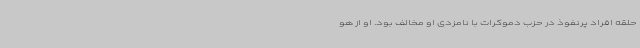
حلقه افراد پرنفوذ در حزب دموکرات با نامزدی او مخالف بود. او از هو